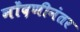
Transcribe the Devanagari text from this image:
नोंदणीनंतर